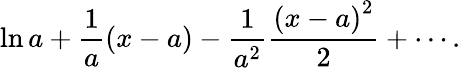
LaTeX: \ln a+{\frac{1}{a}}(x-a)-{\frac{1}{a^{2}}}{\frac{\left(x-a\right)^{2}}{2}}+\cdots.